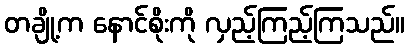
တချို့က နောင်စိုးကို လှည့်ကြည့်ကြသည်။